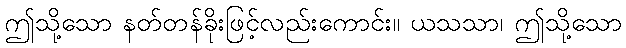
ဤသို့သော နတ်တန်ခိုးဖြင့်လည်းကောင်း။ ယသသာ၊ ဤသို့သော